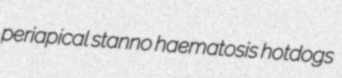
periapical stanno haematosis hotdogs